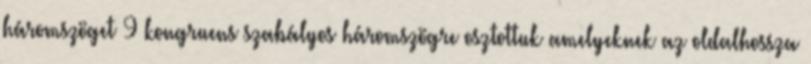
háromszöget 9 kongruens szabályos háromszögre osztottuk amelyeknek az oldalhossza